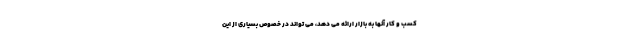
کسب و کار آنها به بازار ارائه می دهد، می تواند در خصوص بسیاری از این